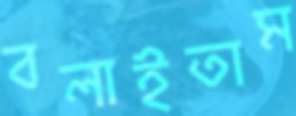
বলাইতাম